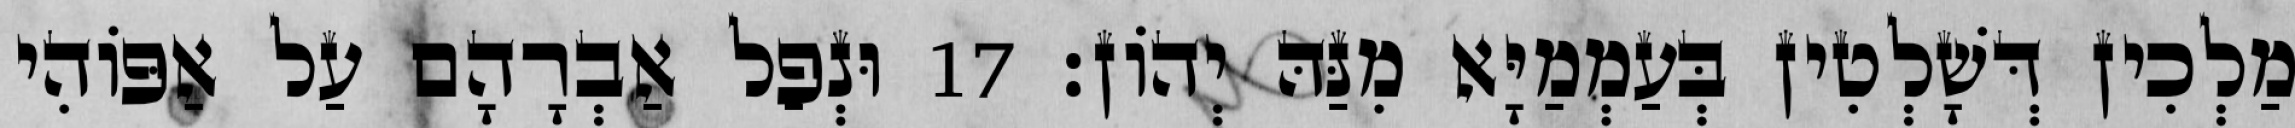
מַלְכִין דְּשָׁלְטִין בְּעַמְמַיָּא מִנַּהּ יְהוֹן׃ 17 וּנְפַל אַבְרָהָם עַל אַפּוֹהִי